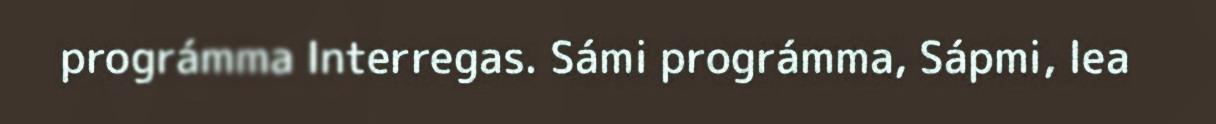
prográmma Interregas. Sámi prográmma, Sápmi, lea